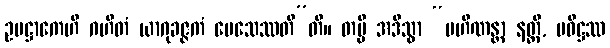
ဥပဋ္ဌာကေဟိ ဂဟိတံ ယာဂုခဇ္ဇကံ ပေသေဿတီ”တိ။ တမ္ပိ အဒိသွာ “ပဟိဏန္တာ နတ္ထိ, ပဝိဋ္ဌဿ